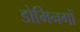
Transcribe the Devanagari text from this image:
डोमिनगों